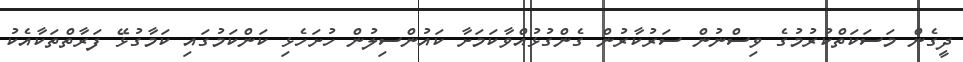
ދީގެން މަސަކަތްކުރުމުގެ ވިސްނުން ސަރުކާރުން ގެންގުޅުއްވާކަމަށާ ކައުންސިލުން ހުށަހެޅި ކަންކަމުގައި ކަމާގުޅޭ ފަރާތްތަކާއެކު